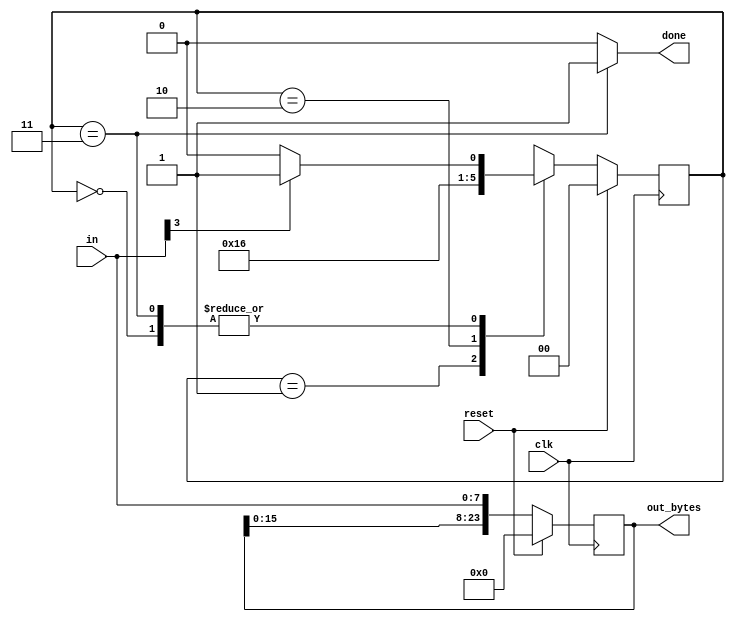
module top_module(
    input clk,
    input [7:0] in,
    input reset,    // Synchronous reset
    output reg [23:0] out_bytes,
    output done); //

    // FSM from fsm_ps2
    reg [1:0] cs,ns;
    // State transition logic (combinational)
    always@(*)begin
        case(cs)
            2'b00: ns=(in[3])?2'b01:2'b00;
            2'b01: ns=2'b10;
            2'b10: ns=2'b11;    
            2'b11: ns=(in[3])?2'b01:2'b00;
        endcase
    end
    // State flip-flops (sequential)
    always@(posedge clk)begin
        if(reset) cs<=0;
        else cs<=ns;
    end
    always@(posedge clk)begin
        if(reset) out_bytes<=0;
        else out_bytes<={out_bytes[15:0],in};
    end
    // Output logic
    assign done=(cs==2'b11)?1:0;
    // New: Datapath to store incoming bytes.

endmodule